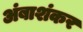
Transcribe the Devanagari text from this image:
अंबाशंकर